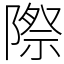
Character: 際